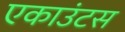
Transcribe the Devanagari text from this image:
एकाउंटस